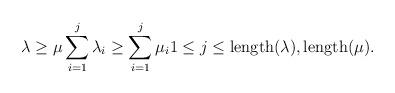
LaTeX: \begin{align*}\lambda\geq \mu \sum_{i=1}^j \lambda_i\geq \sum_{i=1}^j \mu_i1\leq j \leq \mathrm{length}(\lambda), \mathrm{length}(\mu).\end{align*}